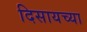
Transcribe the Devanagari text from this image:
दिसायच्या